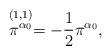
LaTeX: \begin{align*}\stackrel{(1,1)}{\pi^{\alpha_{0}}}= -{1 \over2}\pi^{\alpha_{0}},\end{align*}